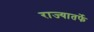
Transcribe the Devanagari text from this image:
राज्यातर्फे